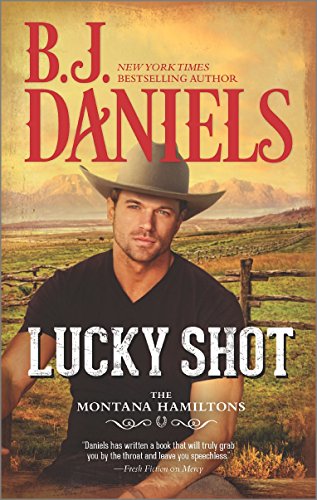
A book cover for Lucky Shot (The Montana Hamiltons); B.J. Daniels; Romance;